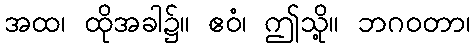
အထ၊ ထိုအခါ၌။ ဧဝံ၊ ဤသို့။ ဘဂဝတာ၊